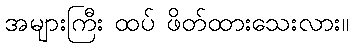
အများကြီး ထပ် ဖိတ်ထားသေးလား။